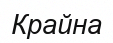
Крайна